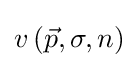
v\left({\vec {p}},\sigma ,n\right)